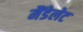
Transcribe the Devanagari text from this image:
मैंडेलेट